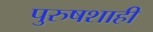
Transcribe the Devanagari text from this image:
पुरुषशाही